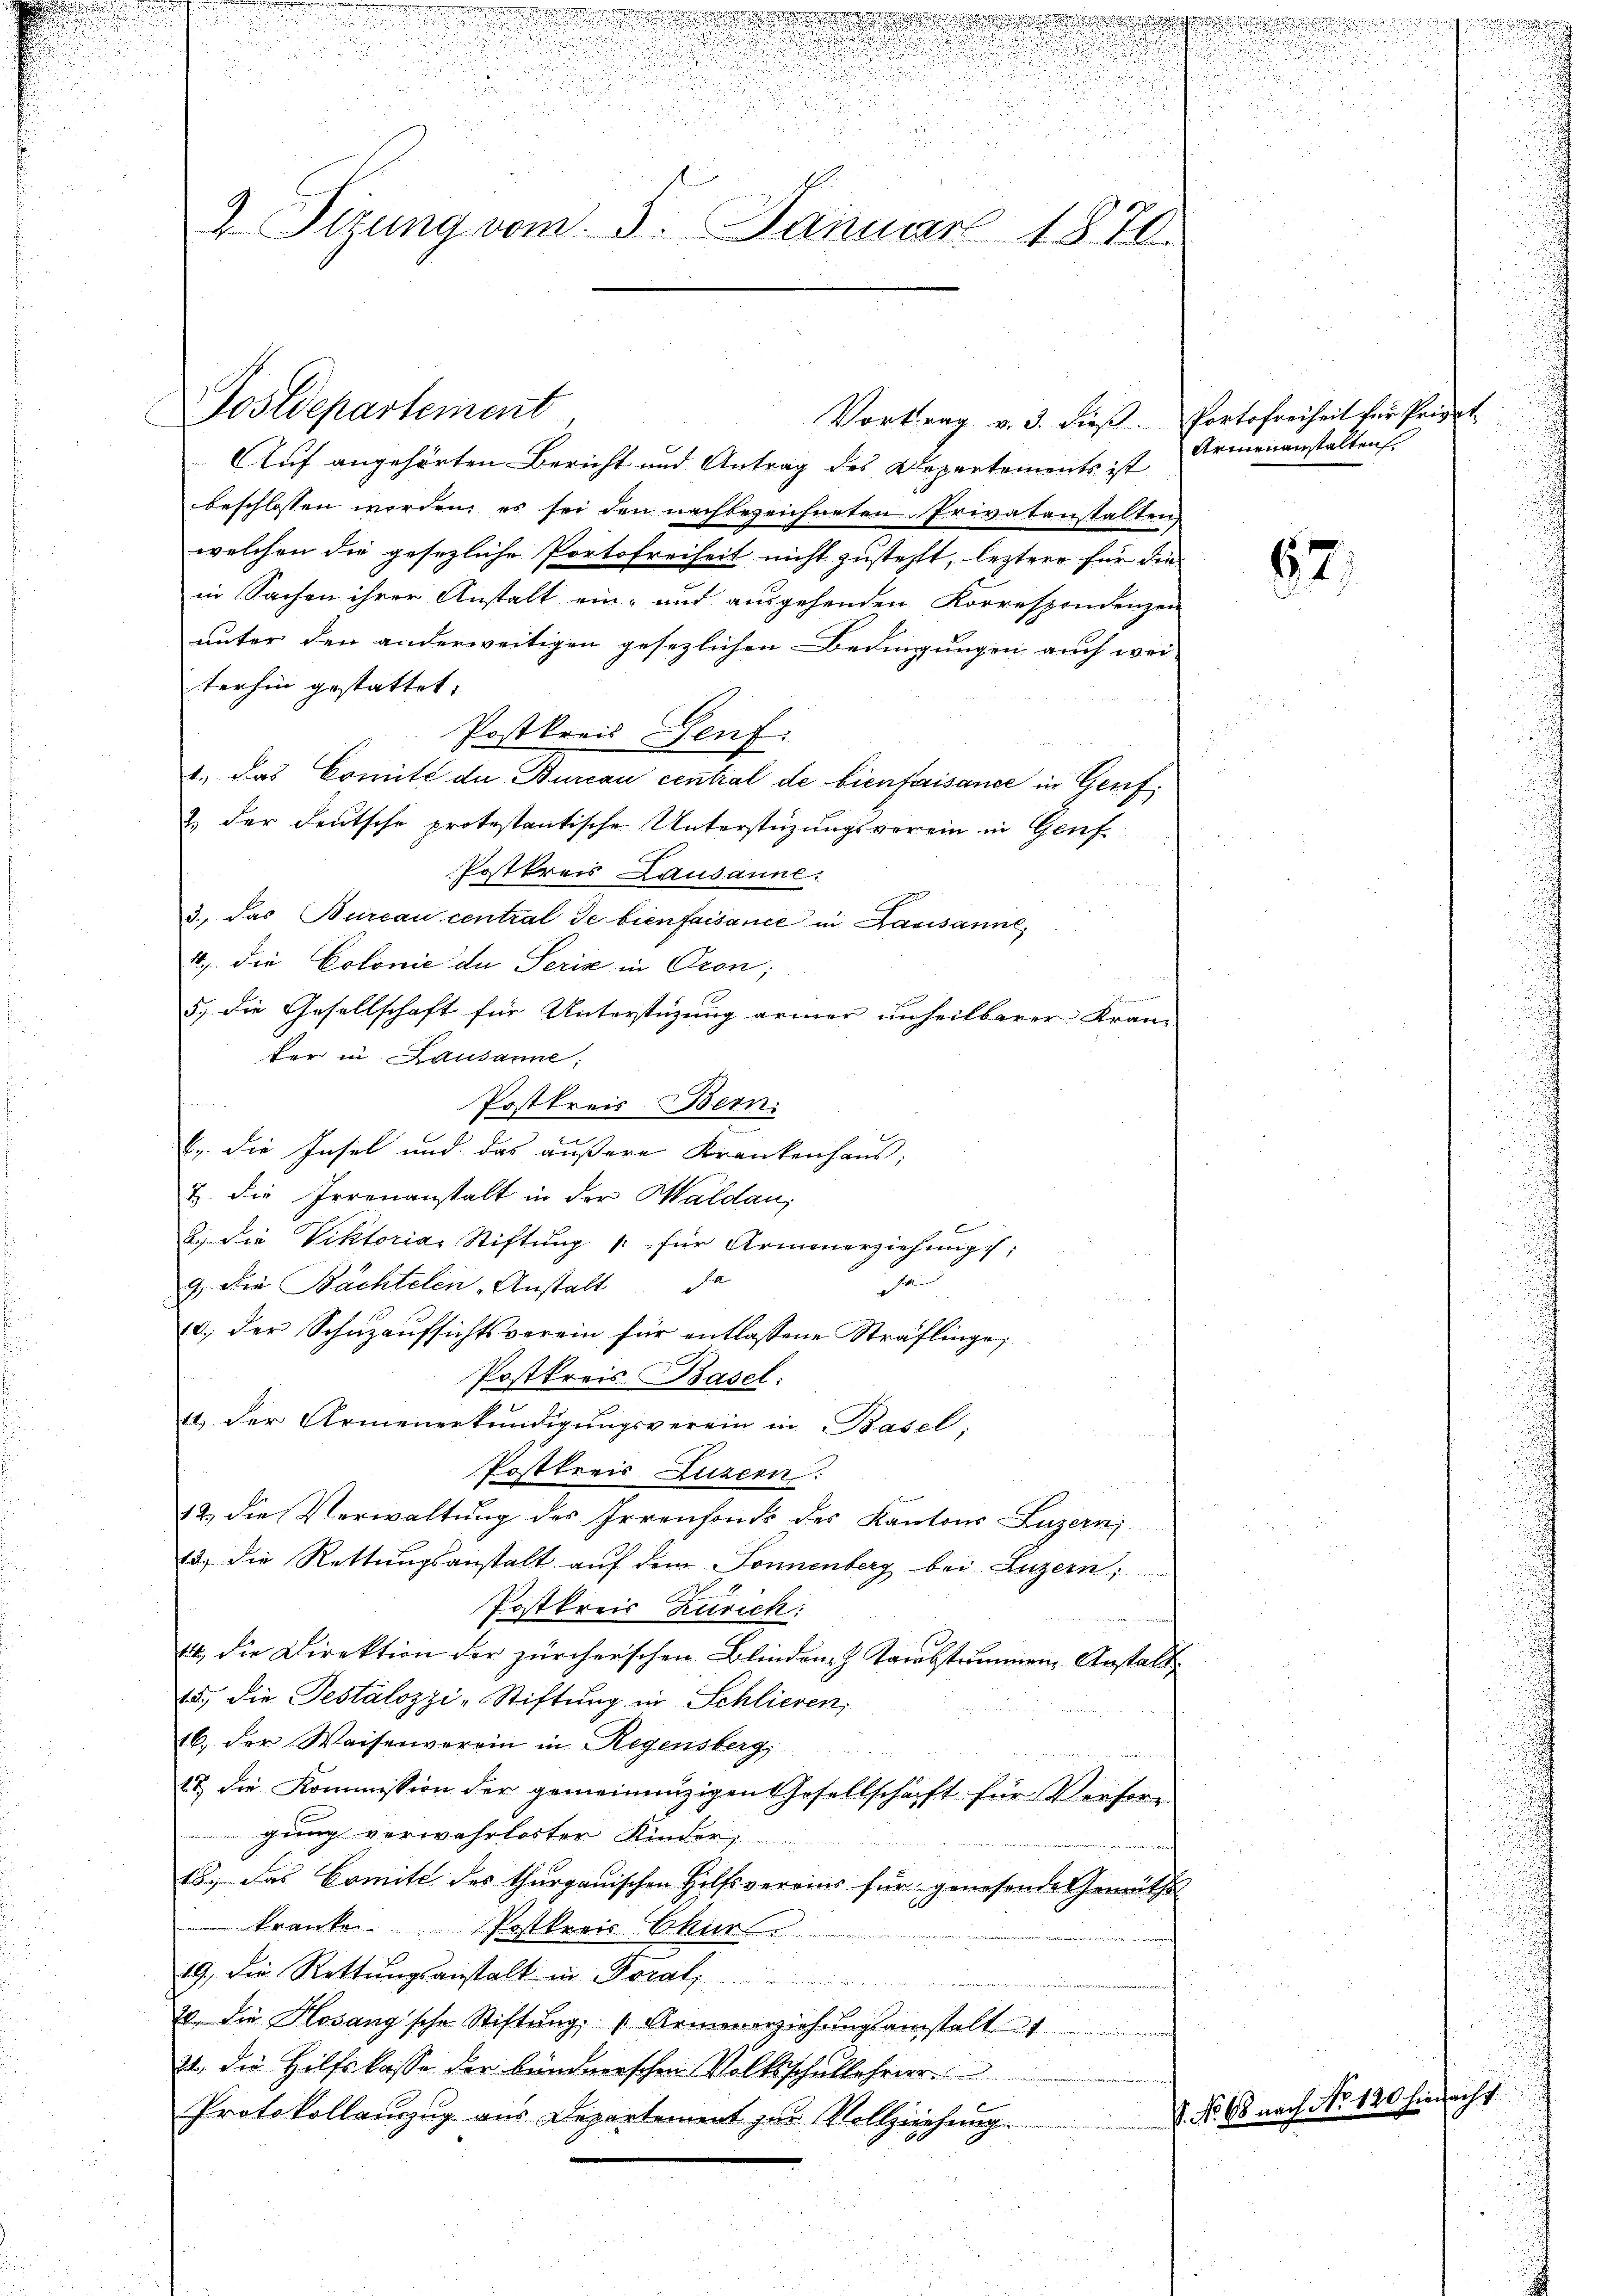
d
!!!!!

u
e

 E
2. Situng vom 3. Januar 1870.

Postdepartement
Vortrag v. 3. dieß. Portofreiheit für Privat-

Auf angehörten Bericht und Antrag des Departements ist
beschlossen worden, es sei den nachbezeichneten Privatanstalten,
welchen die gesezliche Portofreiheit nicht zustehlt, leztere für die
in Sachen ihrer Anstalt ein- und ausgehenden Korrespondenzen
unter den anderweitigen gesezlichen Bedingungen auch wei-
terhin gestattet.
Postkreis Genf.
1.) das Comité de Bureau central de bienfaisance in Genf,
2. der deutsche protestantische Unterstüzungsverein in Genf
Postkreis Lausanne:
3., das Bureau central de bien faisance in Lausanne,
4) die Colonie de Seris in Pron;
n
5) die Gesellschaft für Unterstüzung armer unheilbarer Kran-
ter in Lausanne;
Postkreis Bern.
b. die Insel und das äußere Krankenhaus;
& die Irrenanstalt in der Waldau,
2.) Die Viktoria Stiftŭng " für Armenerziehŭngs;

7. Die Bächtelen Anstalt da
10. der Schuzaufsichtsverein für entlassene Sträflinge,
Postkreis-Basel:
14. Der Armenerkundigungsverein in Basel,
Postkreis Luzern:
12. die Verwaltung des Irrenfonds des Kantons Luzern
13.) Die Rettungsanstalt auf dem Sonnenberg bei Luzern,
Postkreis Zürich:
44, die Direktion der zürcherschen Blindruch Taubstimmen, Anstalt
15.) Die Testalozzi-Stiftung in Schlieren,
16. der Waisenverein in Regensberg,
18. die Kommission der gemeinanzigen Gesellschaft für Verforgung verwahrloster Kinder,
18.) Das Comite des thurgauischen Hilfsvereins für genesende Gemüths
kranken. Postkreis Chur
19. Die Rettungsanstalt in Foral,  .. .................
20. die Hosang'sche Stiftŭng Armenerziehŭngsanstalt
21., die Hilfskasse der bundverschen Volksschullehrer
Protokollauszug aus Departement zur Vollziehung.

u

Armenanstalten

67.

5
u

d

1. No 68 nach No. 120 hieracht